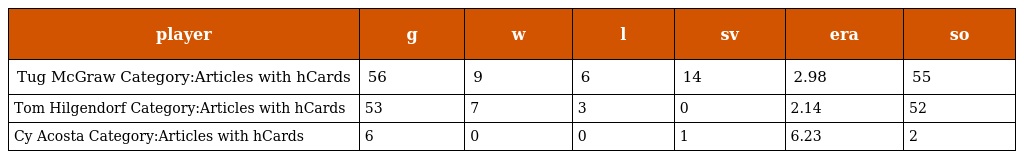
| player | g | w | l | sv | era | so |
 | --- | --- | --- | --- | --- | --- | --- |
 | Tug McGraw Category:Articles with hCards | 56 | 9 | 6 | 14 | 2.98 | 55 |
 | Tom Hilgendorf Category:Articles with hCards | 53 | 7 | 3 | 0 | 2.14 | 52 |
 | Cy Acosta Category:Articles with hCards | 6 | 0 | 0 | 1 | 6.23 | 2 |